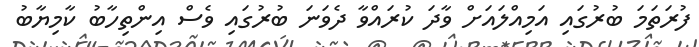
ފުރަތަމަ ބުރުގައި އަމިއްލައަށް ވާދަ ކުރައްވާ ދެވަނަ ބުރުގައި ވެސް އިންތިހާބު ކާމިޔާބު